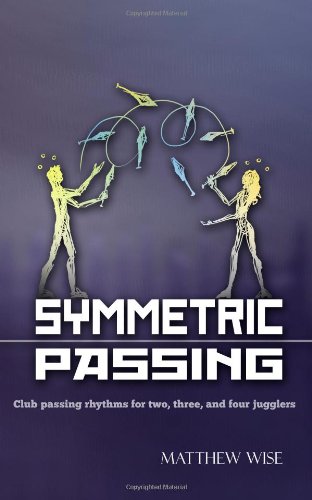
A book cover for Symmetric Passing: Club passing rhythms for two, three, and four jugglers; Matthew Wise; Sports & Outdoors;